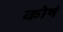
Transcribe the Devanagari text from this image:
कोषं